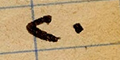
٢٠